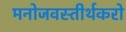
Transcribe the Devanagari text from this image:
मनोजवस्तीर्थकरो